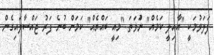
ފަލަވުމަކީ "އާއިލީ ކަމެއް" ނުަވަތަ "މިއީ ބައްޔެއް" ކަމަށް ބުނެ ފަރު ޖައްސާލައިގެން